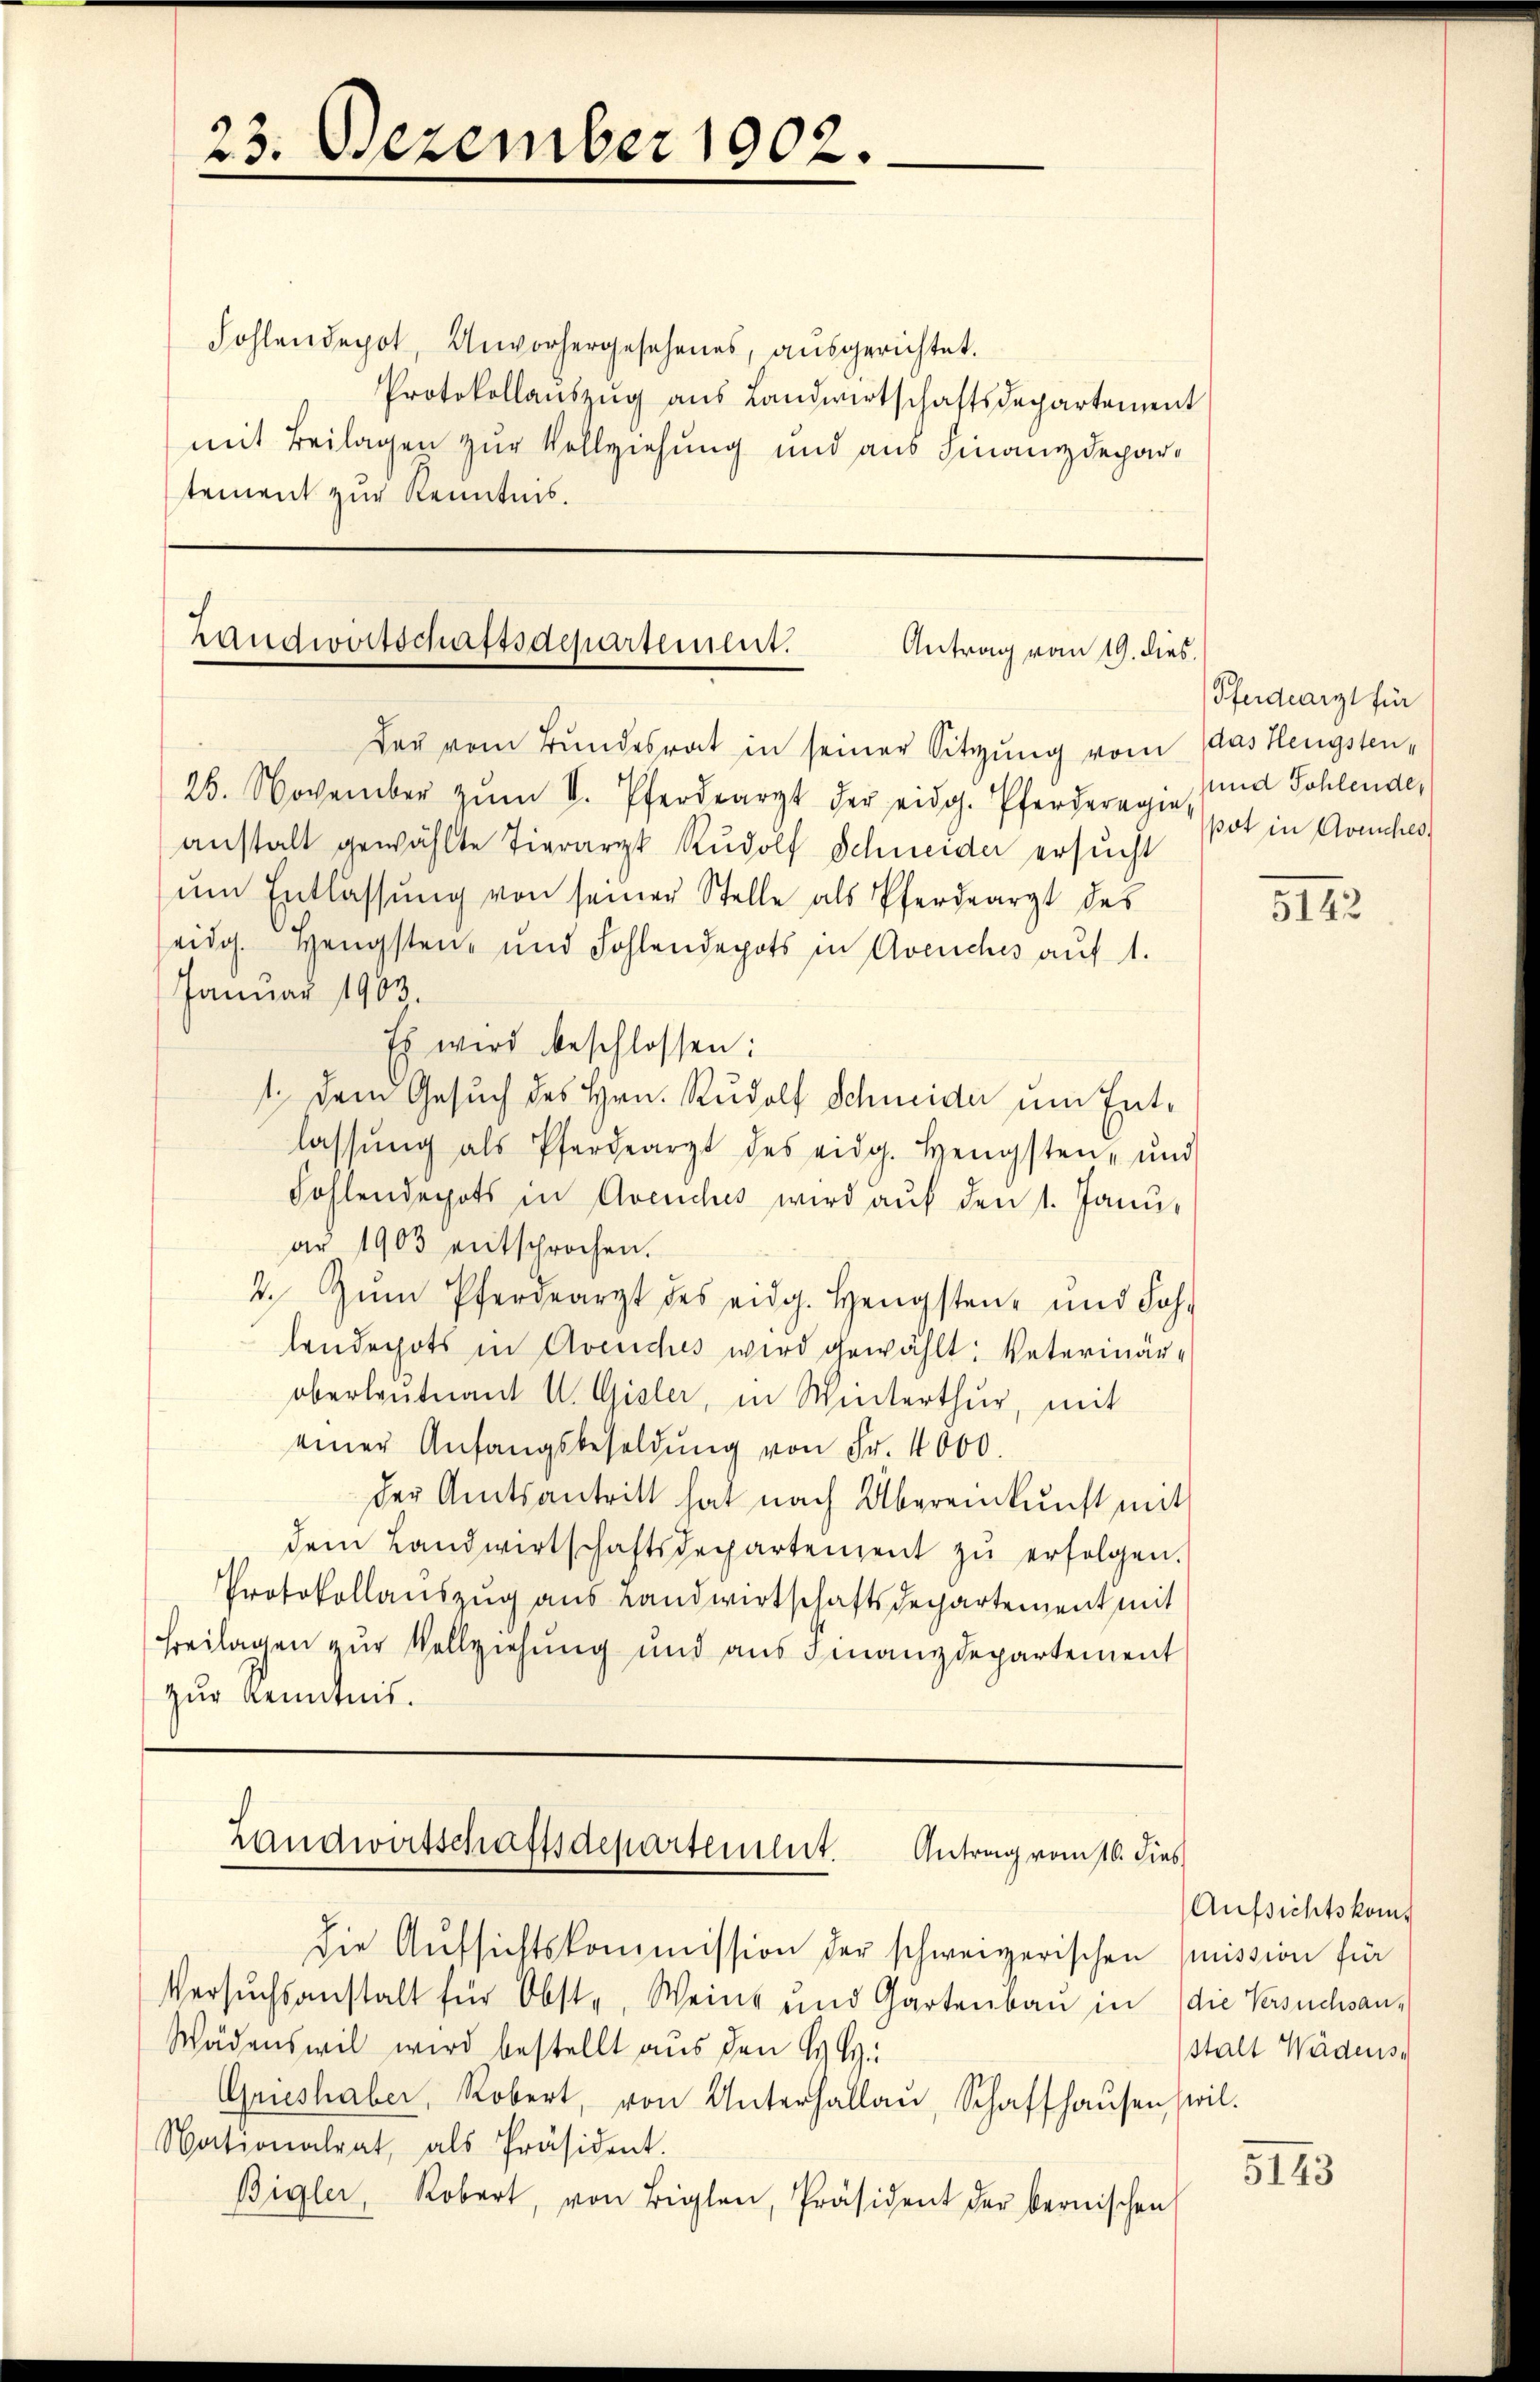
23. Dezember 1902.

Fohlendepot, Unvorhergesehenes, ausgerichtet.
Protokollanszŭg aŭs Landwirtschaftsdepartement
mit Beilagen zur Vollziehung und aus Finanzdepartement zur Kenntnis.

Landwirtschaftsdepartement.
Antrag vom 19. dies
Der vom Bundesrat in seiner Sitzung vom das Hengsten¬

Landwirtschaftsdepartement. Antrag vom 16. dies

25. November zŭm V. Pferdearzt der eidg. Pferderegie
anstalt gewählte Tierarzt Rudolf Schneider ersucht
um Entlassung von seiner Stelle als Pferdearzt des
eidg. Hengsten- und Fohlendepots in Avenches auf 1.
Januar 1903
Es wird beschlossen:
1. dem Gesuch des Hrn. Rudolf Schneide um Entlassŭng als Pferdearzt des eidg. Hengsten, und
Fohlendepots in Avenches wird auf den 1. Janu
ar 1903 entsprochen.
2. Zŭm Pfergearzt des eidg. Hengsten- und Joh.
lenderhots in Avenches wird gewählt: Vaterinäroberleutnant U. Gisler, in Winterthur, mit
einer Anfangsbesoldŭng von Fr. 4000.
der Amtsantritt hat nach Übereinkunft mit
dem Landwirtschaftsdepartement zŭ erfolgen.
Protokollauszug aus Landwirtschaftsdechartement mit
Freilagen zur Vollziehung und aus Finanzdepartement
zur Kenntnis.

die Aŭfsichtskommission der schweizerischen Emission für
Versŭchsanstalt für Obste, Weine und Gartenbau in die Versuchsan¬
Wädenswil wird bestellt aus den HH
Grieshaber, Robert, von Unterhallaŭ, Schaffhaŭsen wil.
Nationalrat, als Präsident.
Bigler, Robert, von Biglen, Präsident der bernischen

Pferdearzt für
und Sohlende,
pot in Avenches

5122

Aufsichtskomstalt Wädens

5143